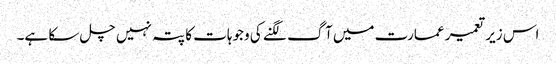
اس زیر تعمیر عمارت میں آگ لگنے کی وجوہات کا پتہ نہیں چل سکا ہے۔